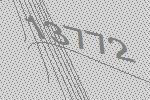
13772